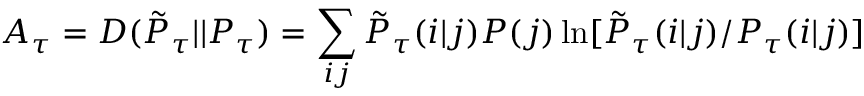
A _ { \tau } = D ( \tilde { P } _ { \tau } | | P _ { \tau } ) = \sum _ { i j } \tilde { P } _ { \tau } ( i | j ) P ( j ) \ln [ \tilde { P } _ { \tau } ( i | j ) / P _ { \tau } ( i | j ) ]